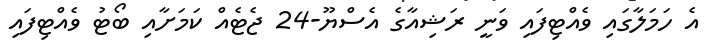
އެ ހަމަލާގައި ވެއްޓިފައި ވަނީ ރަޝިއާގެ އެސްޔޫ-24 ޖެޓެއް ކަމަށާއި ބޯޓު ވެއްޓިފައި